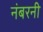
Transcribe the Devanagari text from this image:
नंबरनी